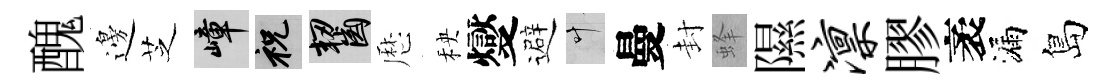
醜邊芝嶂祝齧厯秧燮避叶曼封蜂隰凛膠袤漏島